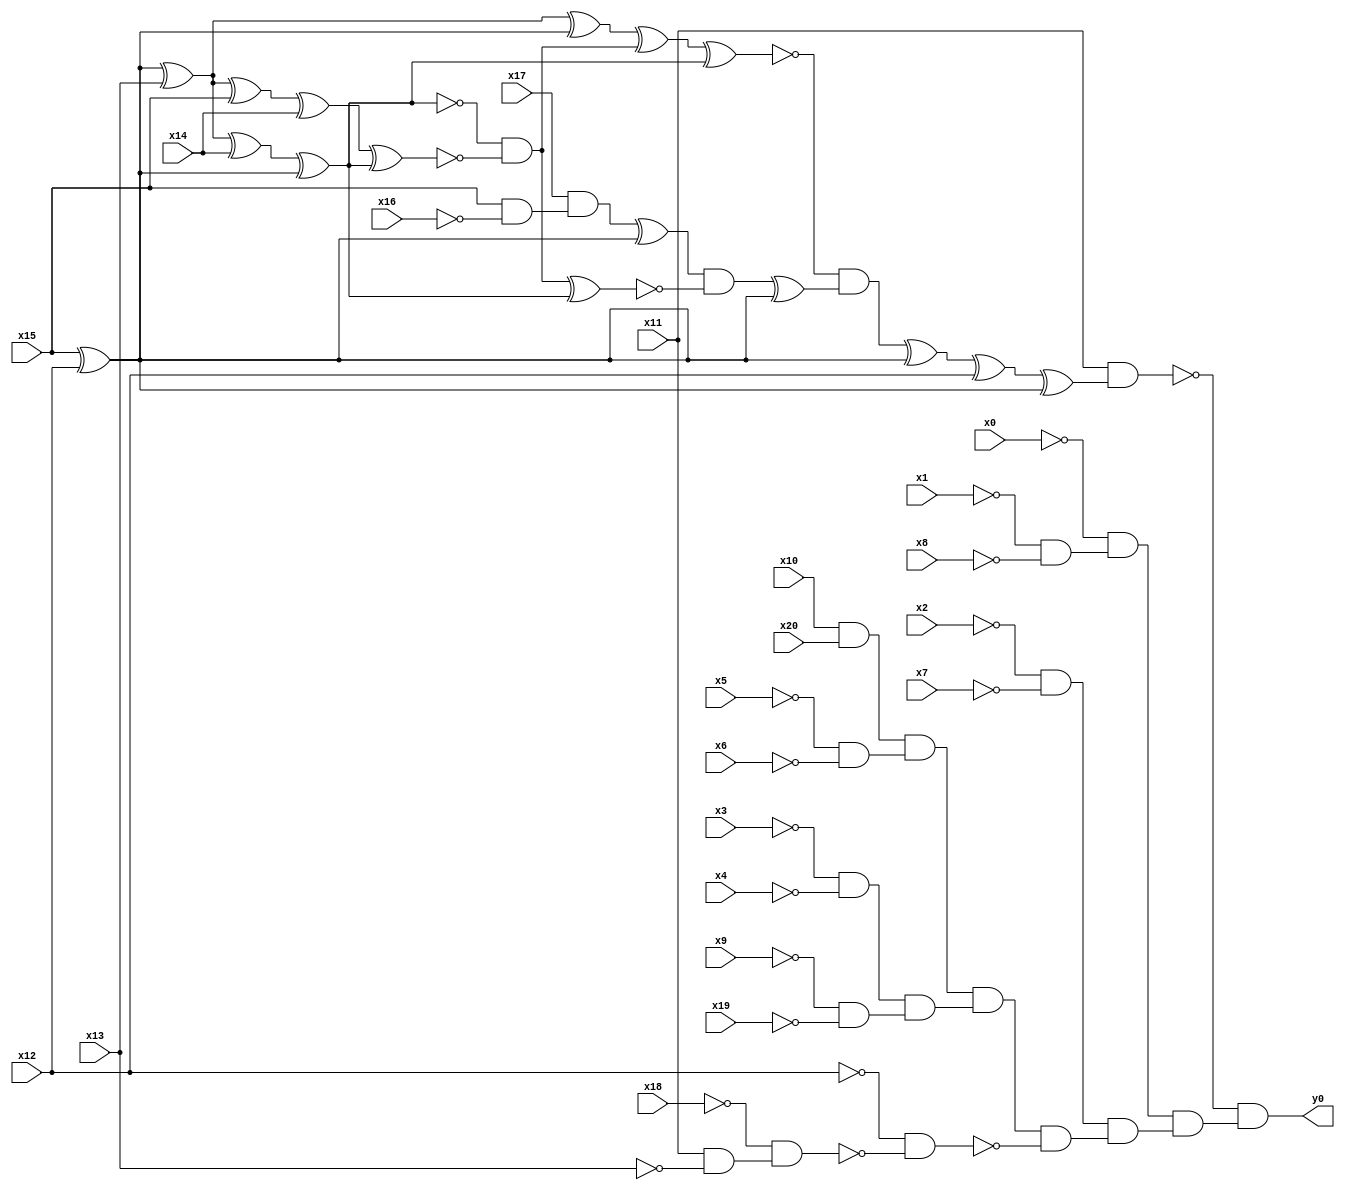
module top( x0 , x1 , x2 , x3 , x4 , x5 , x6 , x7 , x8 , x9 , x10 , x11 , x12 , x13 , x14 , x15 , x16 , x17 , x18 , x19 , x20 , y0 );
  input x0 , x1 , x2 , x3 , x4 , x5 , x6 , x7 , x8 , x9 , x10 , x11 , x12 , x13 , x14 , x15 , x16 , x17 , x18 , x19 , x20 ;
  output y0 ;
  wire n22 , n23 , n24 , n25 , n26 , n27 , n28 , n29 , n30 , n31 , n32 , n33 , n34 , n35 , n36 , n37 , n38 , n39 , n40 , n41 , n42 , n43 , n44 , n45 , n46 , n47 , n48 , n49 , n50 , n51 , n52 , n53 , n54 , n55 , n56 , n57 , n58 , n59 , n60 ;
  assign n22 = x15 ^ x12 ;
  assign n23 = n22 ^ x13 ;
  assign n30 = n23 ^ n22 ;
  assign n24 = n23 ^ x14 ;
  assign n25 = n24 ^ n22 ;
  assign n26 = n23 ^ x15 ;
  assign n27 = n26 ^ x14 ;
  assign n28 = n27 ^ n25 ;
  assign n29 = ~n25 & ~n28 ;
  assign n31 = n30 ^ n29 ;
  assign n32 = n31 ^ n25 ;
  assign n33 = x15 & ~x16 ;
  assign n34 = x17 & n33 ;
  assign n35 = n34 ^ n22 ;
  assign n36 = n29 ^ n25 ;
  assign n37 = n35 & ~n36 ;
  assign n38 = n37 ^ n22 ;
  assign n39 = ~n32 & n38 ;
  assign n40 = n39 ^ n22 ;
  assign n41 = n40 ^ x12 ;
  assign n42 = n41 ^ n22 ;
  assign n43 = x11 & n42 ;
  assign n44 = ~x1 & ~x8 ;
  assign n45 = ~x0 & n44 ;
  assign n46 = ~x2 & ~x7 ;
  assign n47 = x10 & x20 ;
  assign n48 = ~x5 & ~x6 ;
  assign n49 = n47 & n48 ;
  assign n50 = ~x3 & ~x4 ;
  assign n51 = ~x9 & ~x19 ;
  assign n52 = n50 & n51 ;
  assign n53 = n49 & n52 ;
  assign n54 = x11 & ~x13 ;
  assign n55 = ~x18 & n54 ;
  assign n56 = ~x12 & ~n55 ;
  assign n57 = n53 & ~n56 ;
  assign n58 = n46 & n57 ;
  assign n59 = n45 & n58 ;
  assign n60 = ~n43 & n59 ;
  assign y0 = n60 ;
endmodule